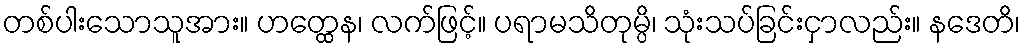
တစ်ပါးသောသူအား။ ဟတ္ထေန၊ လက်ဖြင့်။ ပရာမသိတုမ္ပိ၊ သုံးသပ်ခြင်းငှာလည်း။ နဒေတိ၊